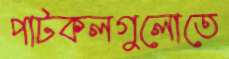
পাটকলগুলোতে